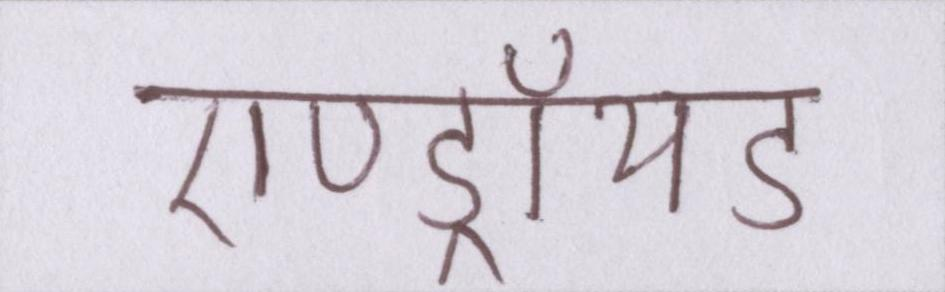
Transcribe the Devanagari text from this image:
एण्ड्रॉयड